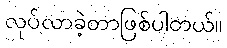
လုပ်လာခဲ့တာဖြစ်ပါတယ်။